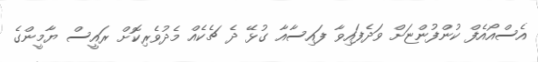
އެސްއޯއެފް ކުންފުންޏަށް ވަދެފައިވާ ފައިސާއާ ގުޅޭ ދެ ޗެކެއް މެދުވެރިކޮށް ރައީސް ޔާމީންގެ